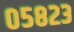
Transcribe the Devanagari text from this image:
०५८२३